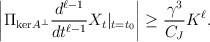
\begin{align*} \left|\Pi_{\mathrm{ker}A^\perp}\frac{d^{\ell-1}}{dt^{\ell-1}}X_t|_{t = t_0}\right| \ge \frac{\gamma^3}{C_J}K^\ell.\end{align*}